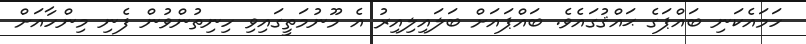
ހަމައެކަނި ބައްޕަގެ ޙައްޤުގައެވެ. ބައްޕައަށް ބަލައިލިއިރު އެ މޫނުމަތީގައިވި ހިނިތުންވުން ފެނި މިންހާއަށް